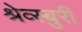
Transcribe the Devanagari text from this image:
श्रेव्स्बुरी